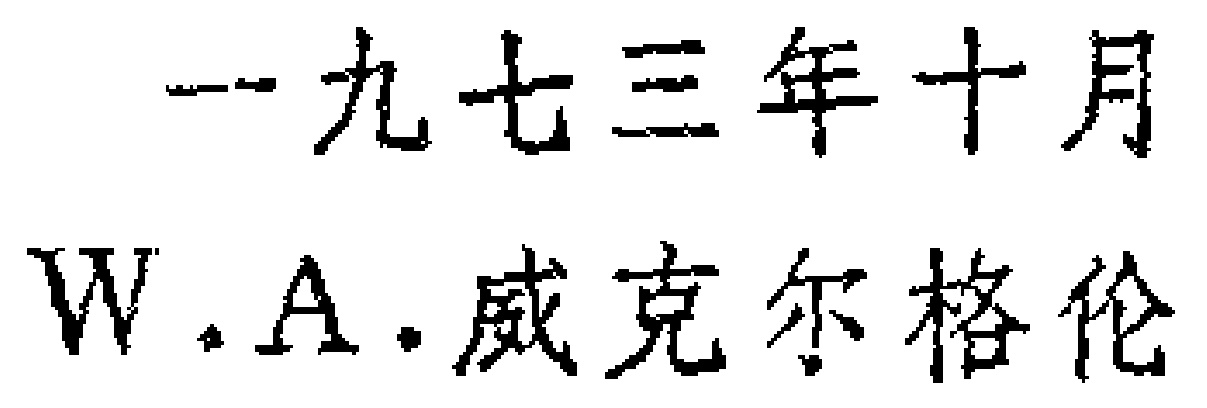
一九七三年十月

W.A.威克尔格伦